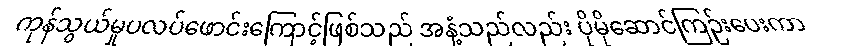
ကုန်သွယ်မှုပလပ်ဖောင်းကြောင့်ဖြစ်သည် အနံ့သည်လည်း ပိုမိုဆောင်ကြဉ်းပေးကာ